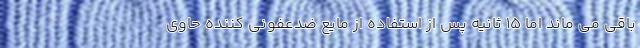
باقی می ماند اما ۱۵ ثانیه پس از استفاده از مایع ضدعفونی کننده حاوی